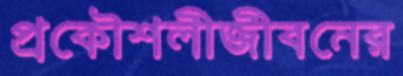
প্রকৌশলীজীবনের